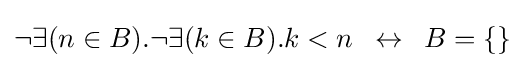
\neg \exists (n\in B).\neg \exists (k\in B).k<n\,\,\,\leftrightarrow \,\,\,B=\{\}